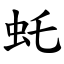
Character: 虴